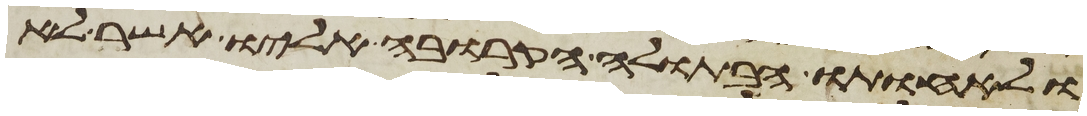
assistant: ולאחותו הבתולה הקרובה אליו אשר לא